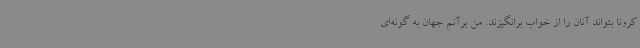
کرونا بتواند آنان را از خواب برانگیزند. من برآنم جهان به گونه‌ای